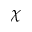
\chi